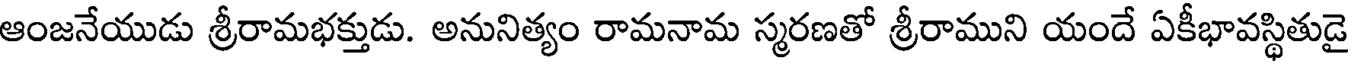
ఆంజనేయుడు శ్రీరామభక్తుడు. అనునిత్యం రామనామ స్మరణతో శ్రీరాముని యందే ఏకీభావస్థితుడై